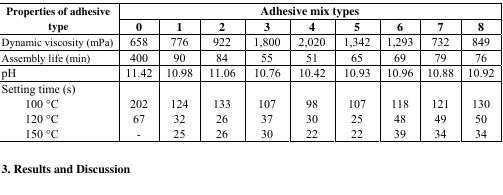
<table><thead><tr><td rowspan="2"><b>Properties of adhesive type</b></td><td colspan="9"><b>Adhesive mix types</b></td></tr><tr><td><b>0</b></td><td><b>1</b></td><td><b>2</b></td><td><b>3</b></td><td><b>4</b></td><td><b>5</b></td><td><b>6</b></td><td><b>7</b></td><td><b>8</b></td></tr></thead><tbody><tr><td>Dynamic viscosity (mPa)</td><td>658</td><td>776</td><td>922</td><td>1,800</td><td>2,020</td><td>1,342</td><td>1,293</td><td>732</td><td>849</td></tr><tr><td>Assembly life (min)</td><td>400</td><td>90</td><td>84</td><td>55</td><td>51</td><td>65</td><td>69</td><td>79</td><td>76</td></tr><tr><td>pH</td><td>11.42</td><td>10.98</td><td>11.06</td><td>10.76</td><td>10.42</td><td>10.93</td><td>10.96</td><td>10.88</td><td>10.92</td></tr><tr><td>Setting time (s)</td><td></td><td></td><td></td><td></td><td></td><td></td><td></td><td></td><td></td></tr><tr><td>100 °С</td><td>202</td><td>124</td><td>133</td><td>107</td><td>98</td><td>107</td><td>118</td><td>121</td><td>130</td></tr><tr><td>120 °С</td><td>67</td><td>32</td><td>26</td><td>37</td><td>30</td><td>25</td><td>48</td><td>49</td><td>50</td></tr><tr><td>150 °С</td><td>-</td><td>25</td><td>26</td><td>30</td><td>22</td><td>22</td><td>39</td><td>34</td><td>34</td></tr></tbody></table>